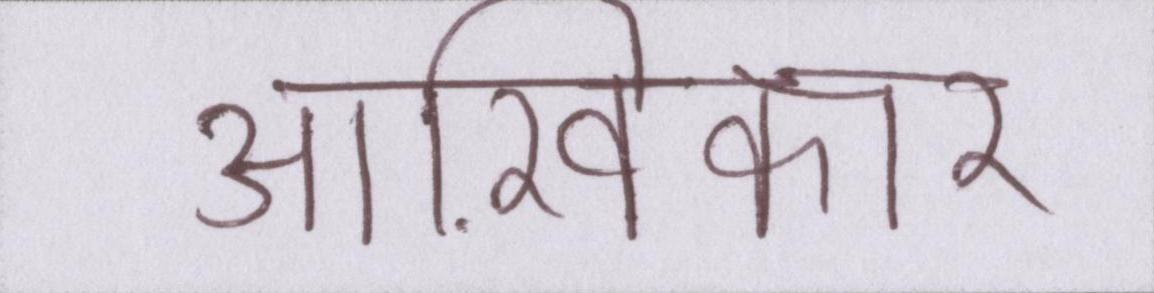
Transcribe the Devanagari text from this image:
आख़िरकार